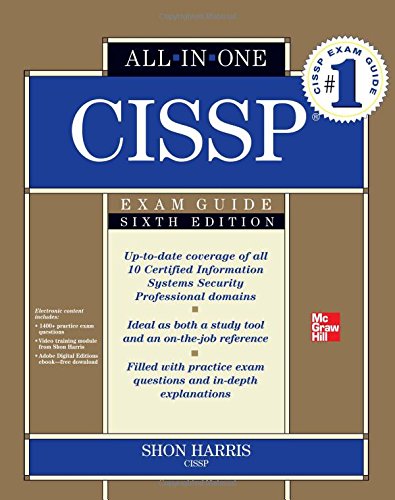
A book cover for CISSP All-in-One Exam Guide, 6th Edition; Shon Harris; Computers & Technology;